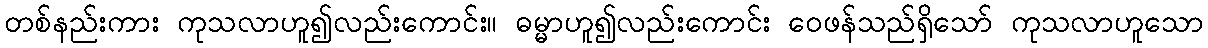
တစ်နည်းကား ကုသလာဟူ၍လည်းကောင်း။ ဓမ္မာဟူ၍လည်းကောင်း ဝေဖန်သည်ရှိသော် ကုသလာဟူသော